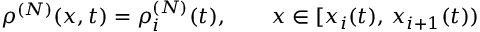
\begin{array} { r } { \rho ^ { ( N ) } ( x , t ) = \rho _ { i } ^ { ( N ) } ( t ) , \qquad x \in [ x _ { i } ( t ) , \, x _ { i + 1 } ( t ) ) } \end{array}